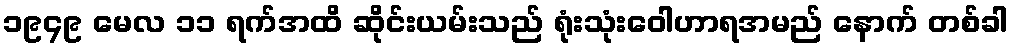
၁၉၄၉ မေလ ၁၁ ရက်အထိ ဆိုင်းယမ်းသည် ရုံးသုံးဝေါဟာရအမည် နောက် တစ်ခါ